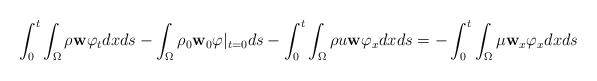
LaTeX: \begin{align*}\int_0^t\int_\Omega \rho \mathbf{w}\varphi_tdx ds -\int_\Omega \rho_0\mathbf{w}_0\varphi|_{t=0}ds -\int_0^t\int_\Omega\rho u\mathbf{w} \varphi_xdx ds =-\int_0^t\int_\Omega \mu \mathbf{w}_x\varphi_xdxds\end{align*}